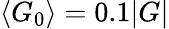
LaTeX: \left\langle G_{0}\right\rangle=0.1|G|